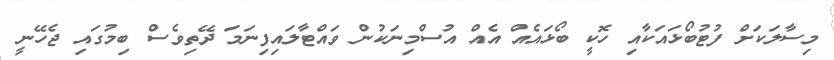
މިސާލަކަށް ފުޓުބޯޅައަކާއި ހޮކީ ބޯޅައެއް އެއް އުސްމިނަކުން ވައްޓާލައިފިނަމަ ދޭތިވެސް ބިމުގައި ޖެހޭނީ